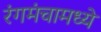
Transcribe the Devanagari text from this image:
रंगमंचामध्ये